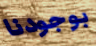
بوجودنا